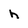
Character: h